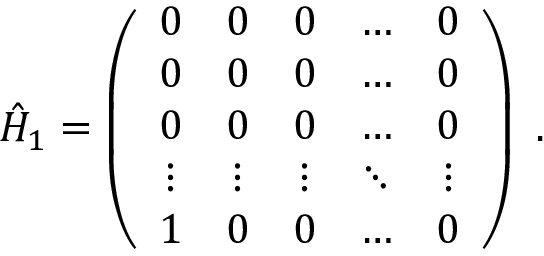
\hat { H } _ { 1 } = \left( \begin{array} { c c c c c } { 0 } & { 0 } & { 0 } & { \ldots } & { 0 } \\ { 0 } & { 0 } & { 0 } & { \ldots } & { 0 } \\ { 0 } & { 0 } & { 0 } & { \ldots } & { 0 } \\ { \vdots } & { \vdots } & { \vdots } & { \ddots } & { \vdots } \\ { 1 } & { 0 } & { 0 } & { \ldots } & { 0 } \end{array} \right) \ .